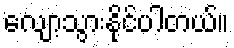
လျော့သွားနိုင်ပါတယ်။